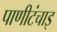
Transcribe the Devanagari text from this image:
पाणीटंचाइ